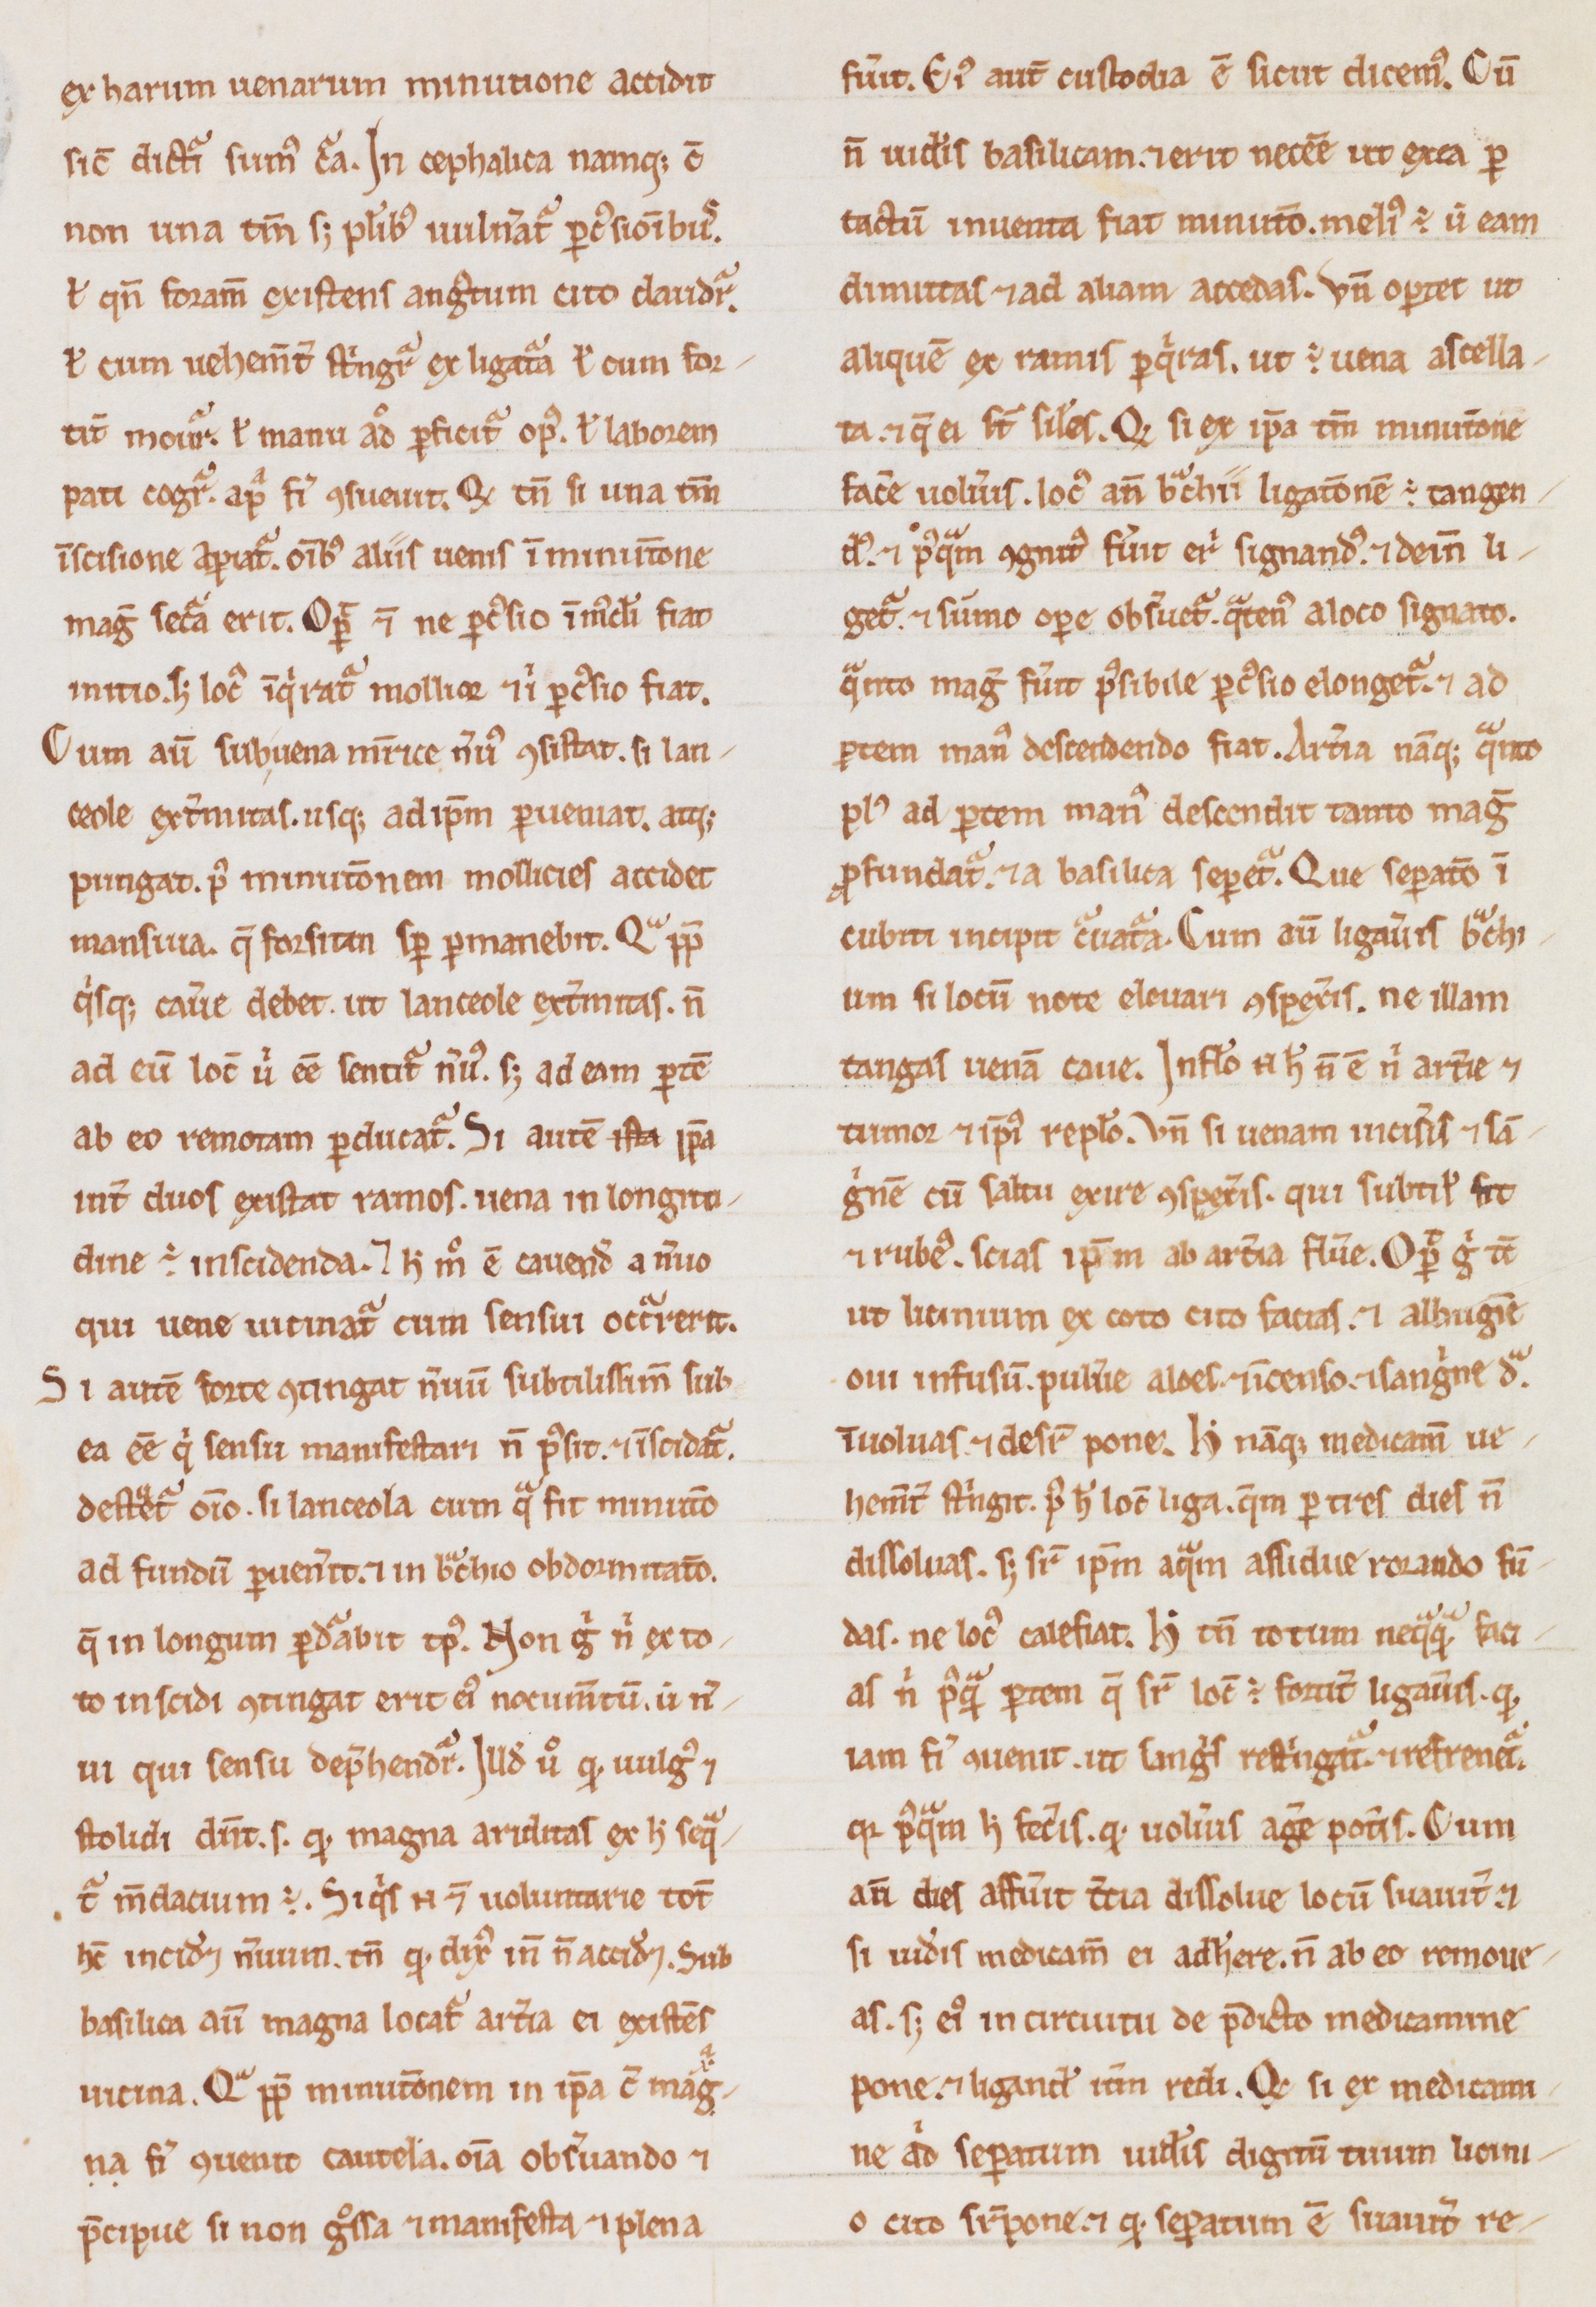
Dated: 1200–1299